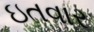
ઇતવાર